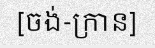
[ចង់-ក្រាន]